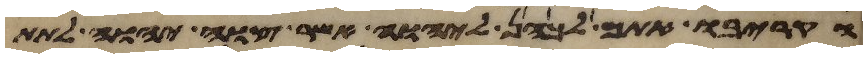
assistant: הקריבו אתם לכהן ליהוה אשר צוה יהוה לתת